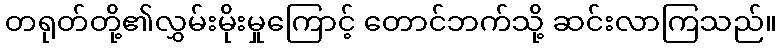
တရုတ်တို့၏လွှမ်းမိုးမှုကြောင့် တောင်ဘက်သို့ ဆင်းလာကြသည်။